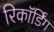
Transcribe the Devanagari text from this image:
रिकाॅर्डिंग